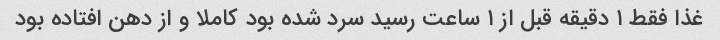
غذا فقط ۱ دقیقه قبل از ۱ ساعت رسید سرد شده بود کاملا و از دهن افتاده بود